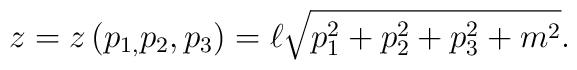
z=z\left( p_{1,}p_{2},p_{3}\right) =\ell \sqrt{p_{1}^{2}+p_{2}^{2}+p_{3}^{2}+m^{2}}.